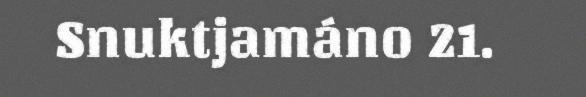
Snuktjamáno 21.